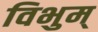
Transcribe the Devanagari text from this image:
विभुम्‌